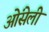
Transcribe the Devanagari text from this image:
ओंसेली